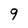
Character: 9